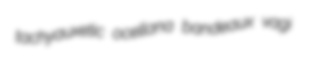
tachyauxetic ocellana bandeaux vagi